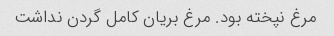
مرغ نپخته بود. مرغ بریان کامل گردن نداشت